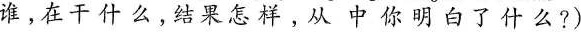
谁，在干什么，结果怎样，从中你明白了什么?)